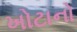
ખોટાનો